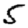
Digit: 5